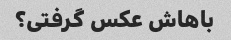
باهاش ​​عکس گرفتی؟